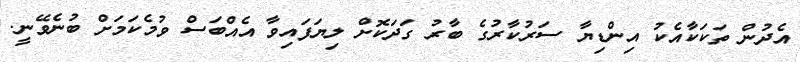
އެދުން ތަކަކާއެކު އިންޑިޔާ ސަރުކާރުގެ ބާރު ގަދަކޮށްް ލިޔަފައިވާ އެއްބަސް ވުމެކަމަށް ބުނެވޭނީ.